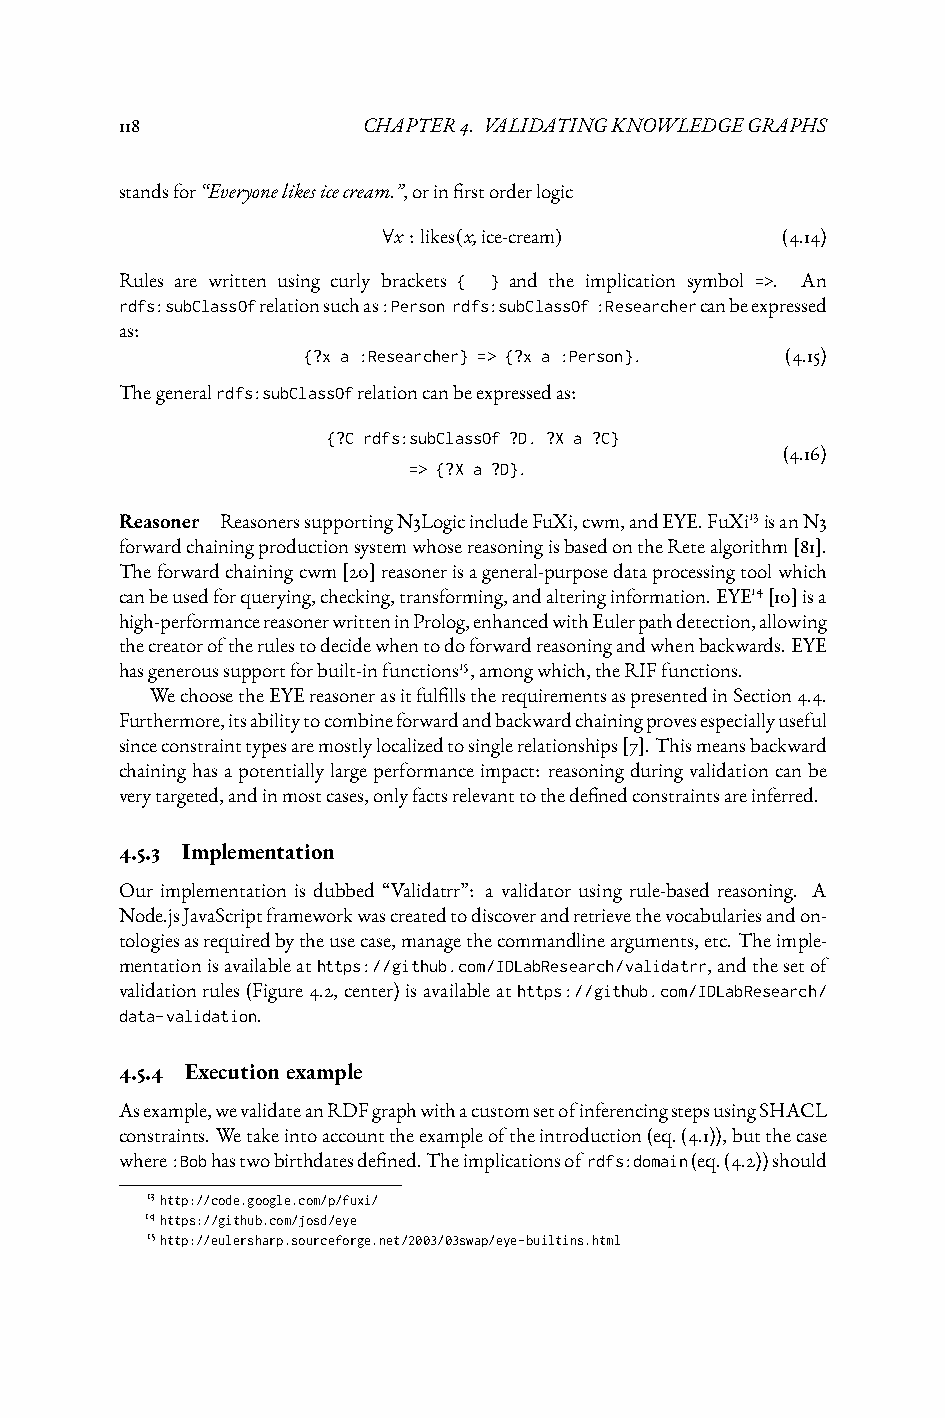
118             CHAPTER4. VALIDATINGKNOWLEDGEGRAPHS
 standsfor“Everyonelikesicecream.”,orinfirstorderlogic
 ∀x :likes(x,ice-cream)     (4.14)
 Rules are written using curly brackets { } and the implication symbol =>. An
 rdfs:subClassOfrelationsuchas:Person rdfs:subClassOf :Researchercanbeexpressed
 as:
 {?x a :Researcher} => {?x a :Person}. (4.15)
 Thegeneralrdfs:subClassOfrelationcanbeexpressedas:
 {?C rdfs:subClassOf ?D. ?X a ?C}
 (4.16)
 => {?X a ?D}.
 Reasoner ReasonerssupportingN3LogicincludeFuXi,cwm,andEYE.FuXi13isanN3
 forwardchainingproductionsystemwhosereasoningisbasedontheRetealgorithm[81].
 Theforwardchainingcwm[20]reasonerisageneral-purposedataprocessingtoolwhich
 canbeusedforquerying,checking,transforming,andalteringinformation.EYE14[10]isa
 high-performancereasonerwritteninProlog,enhancedwithEulerpathdetection,allowing
 thecreatoroftherulestodecidewhentodoforwardreasoningandwhenbackwards.EYE
 hasgeneroussupportforbuilt-infunctions15,amongwhich,theRIFfunctions.
 WechoosetheEYEreasonerasitfulfillstherequirementsaspresentedinSection4.4.
 Furthermore,itsabilitytocombineforwardandbackwardchainingprovesespeciallyuseful
 sinceconstrainttypesaremostlylocalizedtosinglerelationships[7].Thismeansbackward
 chaininghasapotentiallylargeperformanceimpact: reasoningduringvalidationcanbe
 verytargeted,andinmostcases,onlyfactsrelevanttothedefinedconstraintsareinferred.
 4.5.3 Implementation
 Our implementation is dubbed “Validatrr”: a validator using rule-based reasoning. A
 Node.jsJavaScriptframeworkwascreatedtodiscoverandretrievethevocabulariesandon-
 tologiesasrequiredbytheusecase,managethecommandlinearguments,etc. Theimple-
 mentationisavailableathttps://github.com/IDLabResearch/validatrr,andthesetof
 validationrules(Figure4.2,center)isavailableathttps://github.com/IDLabResearch/
 data-validation.
 4.5.4 Executionexample
 Asexample,wevalidateanRDFgraphwithacustomsetofinferencingstepsusingSHACL
 constraints. Wetakeintoaccounttheexampleoftheintroduction(eq.(4.1)),butthecase
 where:Bobhastwobirthdatesdefined.Theimplicationsofrdfs:domain(eq.(4.2))should
 13http://code.google.com/p/fuxi/
 14https://github.com/josd/eye
 15http://eulersharp.sourceforge.net/2003/03swap/eye-builtins.html